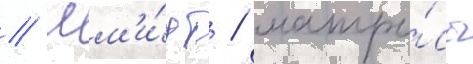
// Шм'и́дт / матро́сы